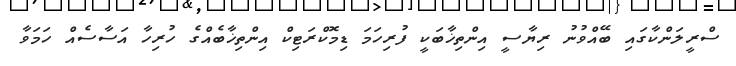
ސްރީލަންކާގައި ބޭއްވުނު ރިޔާސީ އިންތިޚާބަކީ ފުރިހަމަ ޑިމޮކްރަޓިކް އިންތިޚާބެއްގެ ހުރިހާ އަސާސެއް ހަމަވާ